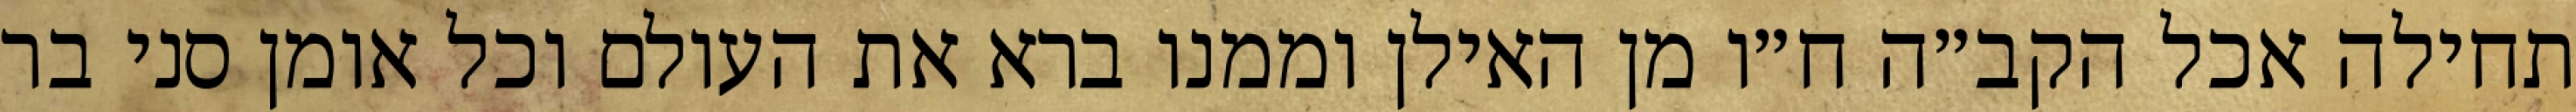
תחילה אכל הקב״ה ח״ו מן האילן וממנו ברא את העולם וכל אומן סני בר